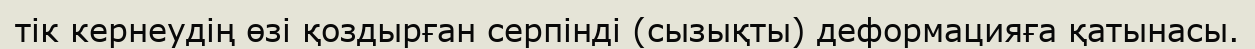
тік кернеудің өзі қоздырған серпінді (сызықты) деформацияға қатынасы.